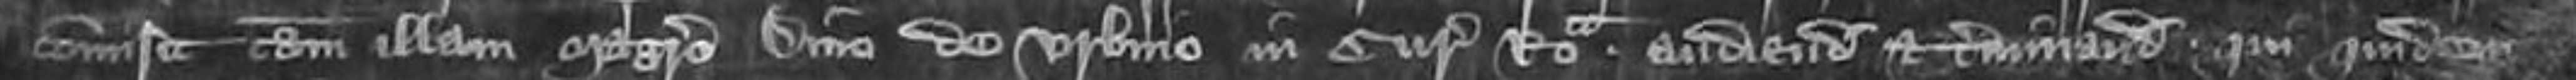
comisit tam illam magistro Dino de Urbino in curia Roma audiendum et terminandum qui quidem